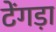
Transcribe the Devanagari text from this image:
टेंगड़ा